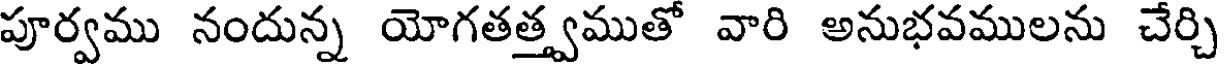
పూర్వము నందున్న యోగతత్త్వముత వారి అనుభవములను చేర్చి